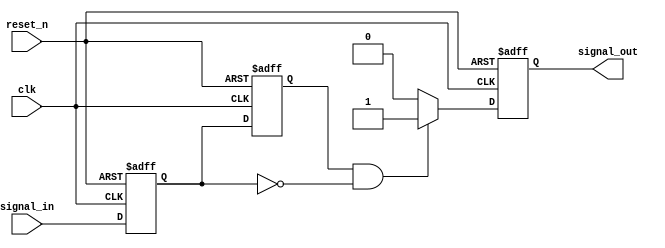
module negative_edge_detector (
    input wire clk,               // Clock signal
    input wire reset_n,           // Asynchronous active-low reset
    input wire signal_in,         // Input signal to detect negative edge
    output reg signal_out         // Output signal indicating negative edge detection
);

    // Registers to hold the previous and current state of signal_in
    reg prev_state;
    reg current_state;

    // Asynchronous reset and state sampling on clock edge
    always @(posedge clk or negedge reset_n) begin
        if (!reset_n) begin
            // Reset both states to low
            prev_state <= 1'b0;
            current_state <= 1'b0;
            signal_out <= 1'b0;
        end else begin
            // Sample the current state of signal_in
            prev_state <= current_state; // Store previous state
            current_state <= signal_in;   // Update current state
            
            // Detect negative edge
            if (prev_state == 1'b1 && current_state == 1'b0) begin
                signal_out <= 1'b1; // Set output high on negative edge
            end else begin
                signal_out <= 1'b0; // Reset output otherwise
            end
        end
    end

endmodule